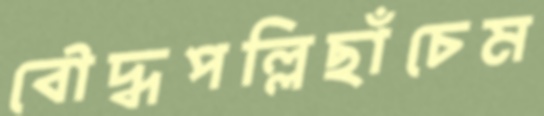
বৌদ্ধপল্লিছাঁচেম